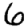
Digit: 6